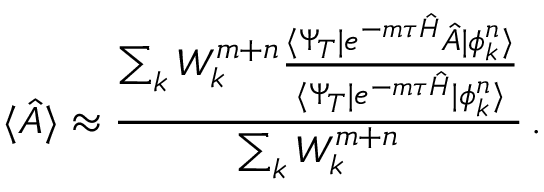
\langle \hat { A } \rangle \approx \frac { \sum _ { k } W _ { k } ^ { m + n } \frac { \langle \Psi _ { T } | e ^ { - m \tau \hat { H } } \hat { A } | \phi _ { k } ^ { n } \rangle } { \langle \Psi _ { T } | e ^ { - m \tau \hat { H } } | \phi _ { k } ^ { n } \rangle } } { \sum _ { k } W _ { k } ^ { m + n } } \, .